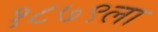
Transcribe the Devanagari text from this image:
१८७९ला